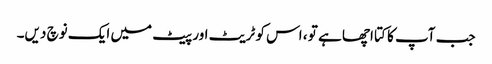
جب آپ کا کتا اچھا ہے تو ، اس کو ٹریٹ اور پیٹ میں ایک نوچ دیں۔